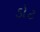
ડોટ